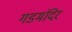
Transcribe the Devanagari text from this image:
गडमंदिर